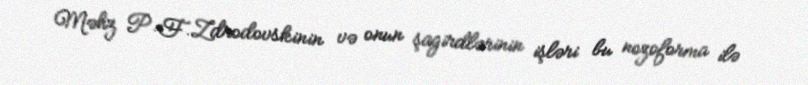
Məhz P.F.Zdrodovskinin və onun şagirdlərinin işləri bu nozoforma ilə